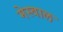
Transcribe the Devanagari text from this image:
मेस्वाल